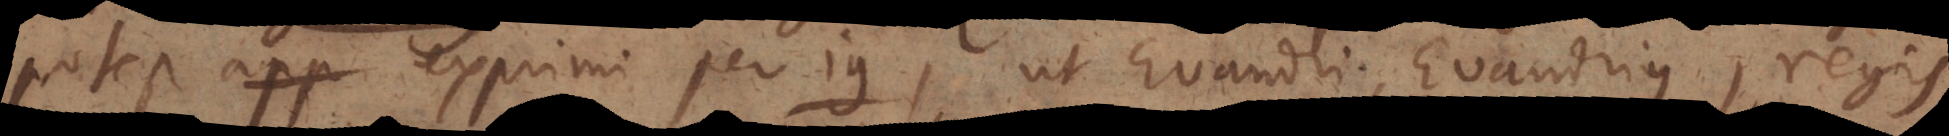
potest exprimi per ius, ut Evandri, Evandr i